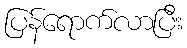
ပြန်ရောက်လာပြီး